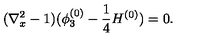
( \nabla _ { x } ^ { 2 } - 1 ) ( \phi _ { 3 } ^ { ( 0 ) } - \frac { 1 } { 4 } H ^ { ( 0 ) } ) = 0 .